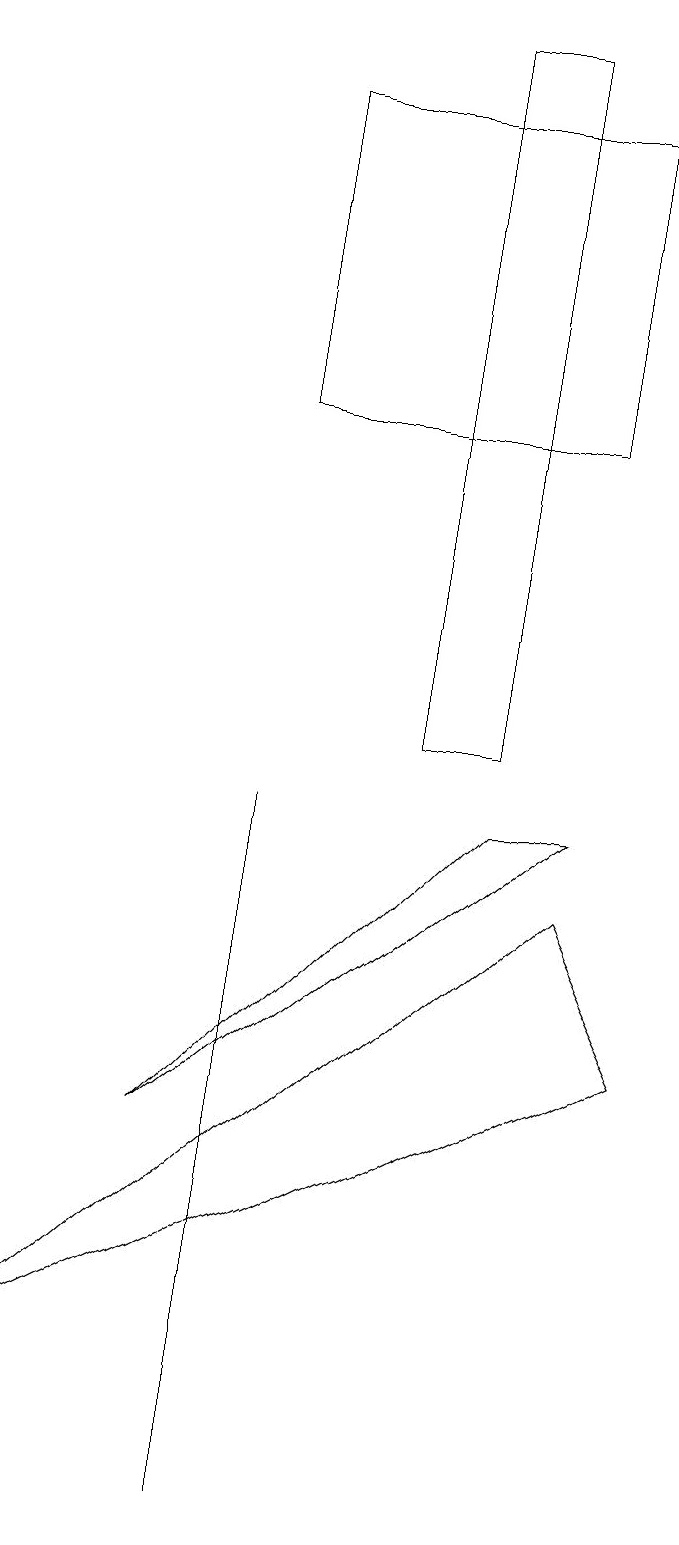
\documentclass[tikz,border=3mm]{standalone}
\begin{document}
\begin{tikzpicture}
\draw (8,18) rectangle (4,14);
\draw (7,9) -- (8,9) -- (3,5) -- cycle;
\draw (8,8) -- (1,2) -- (9,6) -- cycle;
\draw (4,9) -- (4,9) -- (4,0) -- cycle;
\draw (6,10) rectangle (7,19);
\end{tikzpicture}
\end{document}